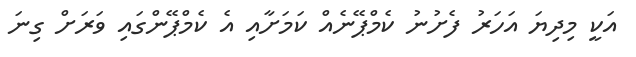
އަކީ މިދިޔަ އަހަރު ފެށުނު ކެމްޕޭނެއް ކަމަށާއި އެ ކެމްޕޭންގައި ވަރަށް ގިނަ